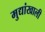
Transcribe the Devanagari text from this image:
मुद्यांखाली